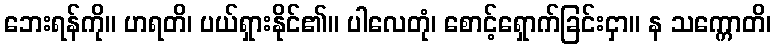
ဘေးရန်ကို။ ဟရတိ၊ ပယ်ရှားနိုင်၏။ ပါလေတုံ၊ စောင့်ရှောက်ခြင်းငှာ။ န သက္ကောတိ၊